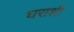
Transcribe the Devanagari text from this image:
घराशी